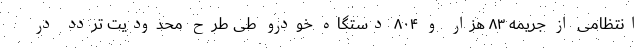
انتظامی از جریمه ٨٣ هزار و ٨٠۴ دستگاه خودرو طی طرح محدودیت تردد در